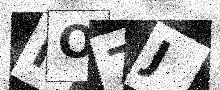
Text: MO7J